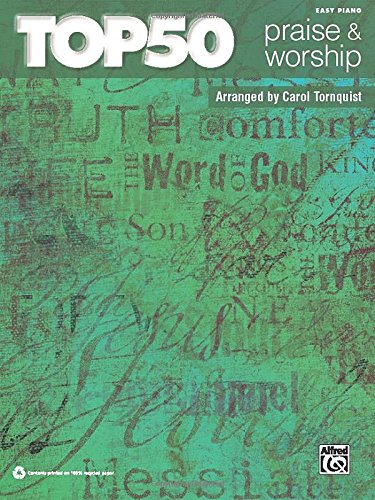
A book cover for Top 50 Praise & Worship: Easy Piano; Alfred Publishing Staff; Humor & Entertainment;